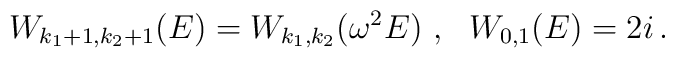
W_{k_1+1,k_2+1}(E)=W_{k_1,k_2}(\omega^2E)~,~~ W_{0,1}(E)=2i\,.